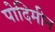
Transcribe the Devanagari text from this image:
पोदिमीन